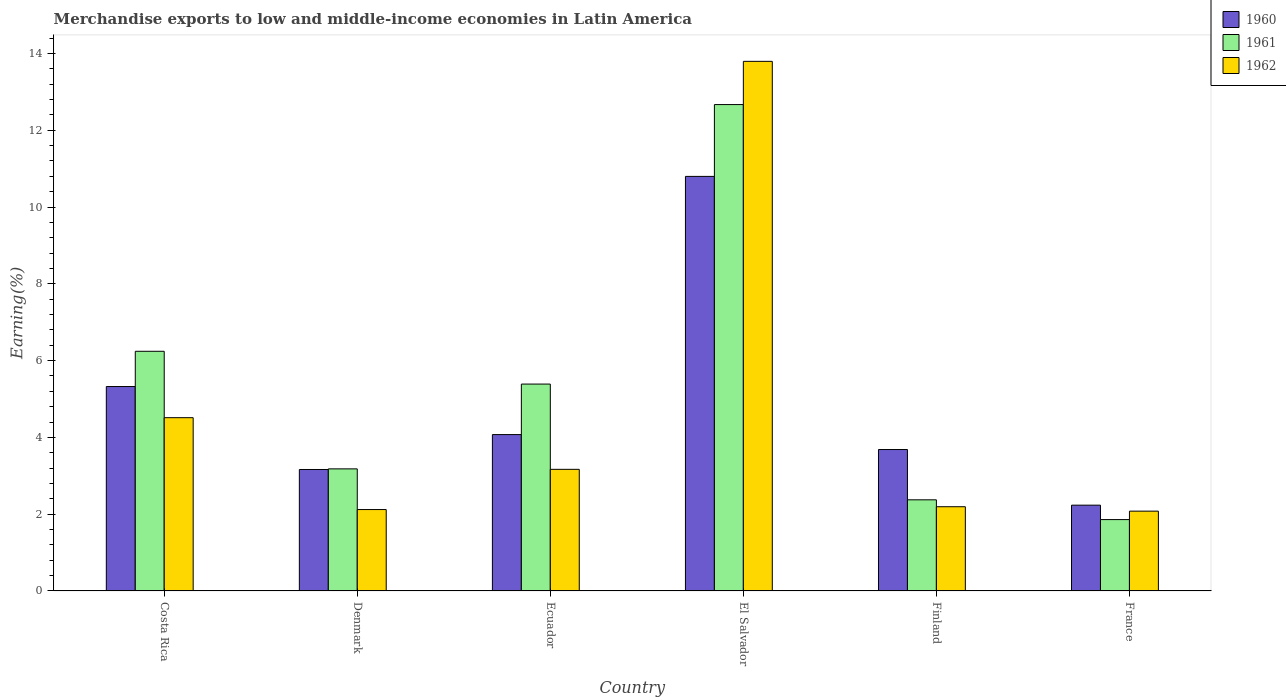
| Country | 1960 | 1961 | 1962 |
 | --- | --- | --- | --- |
 | Costa Rica | 5.32 | 6.24 | 4.51 |
 | Denmark | 3.16 | 3.18 | 2.12 |
 | Ecuador | 4.07 | 5.39 | 3.17 |
 | El Salvador | 10.8 | 12.7 | 13.8 |
 | Finland | 3.68 | 2.37 | 2.19 |
 | France | 2.23 | 1.86 | 2.08 |